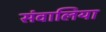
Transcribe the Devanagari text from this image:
संवालिया